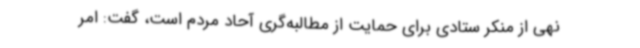
نهی از منکر ستادی برای حمایت از مطالبه‌گری آحاد مردم است، گفت: امر